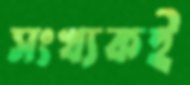
সংখ্যকই